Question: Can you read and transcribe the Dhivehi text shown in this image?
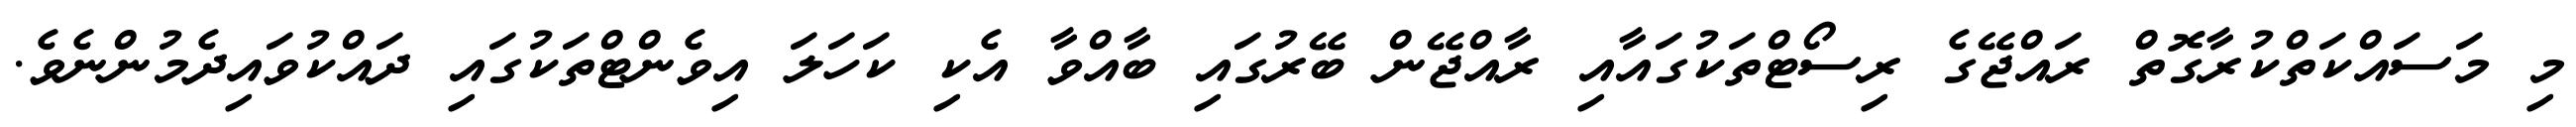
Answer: މި މަސައްކަތްކުރާގޮތް ރައްޖޭގެ ރިސޯޓްތަކުގައާއި ރާއްޖޭން ބޭރުގައި ބާއްވާ އެކި ކަހަލަ އިވެންޓްތަކުގައި ދައްކުވައިދެމުންނެވެ.